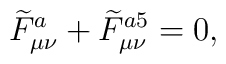
\widetilde{F}_{\mu\nu}^{a}+\widetilde{F}_{\mu\nu}^{a5}=0,